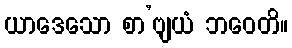
ယာဒေသော စာ’ဗျယံ ဘဝေတိ။